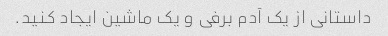
داستانی از یک آدم برفی و یک ماشین ایجاد کنید.